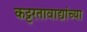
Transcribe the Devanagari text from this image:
कट्टरतावाद्यांच्या